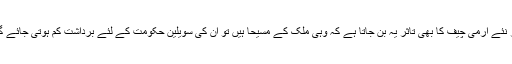
اگر نئے آرمی چیف کا بھی تاثر یہ بن جاتا ہے کہ وہی ملک کے مسیحا ہیں تو اُن کی سویلین حکومت کے لئے برداشت کم ہوتی جائے گی۔